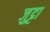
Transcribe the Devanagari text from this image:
जुट्टा